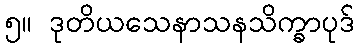
၅။ ဒုတိယသေနာသနသိက္ခာပုဒ်